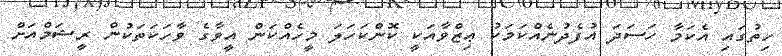
ހިތުގައި އެކަމާ ހަސަދަ އުފެދުނެއްކަމަކު ޢިޒްވާއަކީ ކޮންކަހަލަ މީހެއްކަން އީވާގެ ވާހަކަތަކުން ރީޝަމްއަށް